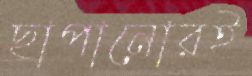
ছাপানোরই